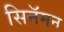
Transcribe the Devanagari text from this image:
सिनॅमन